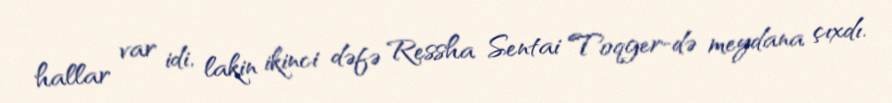
hallar var idi, lakin ikinci dəfə Ressha Sentai Toqger-də meydana çıxdı.